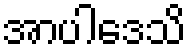
အာပါဒေသိ